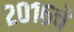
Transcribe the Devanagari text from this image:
२०१६चे